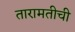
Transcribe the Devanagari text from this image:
तारामतीची